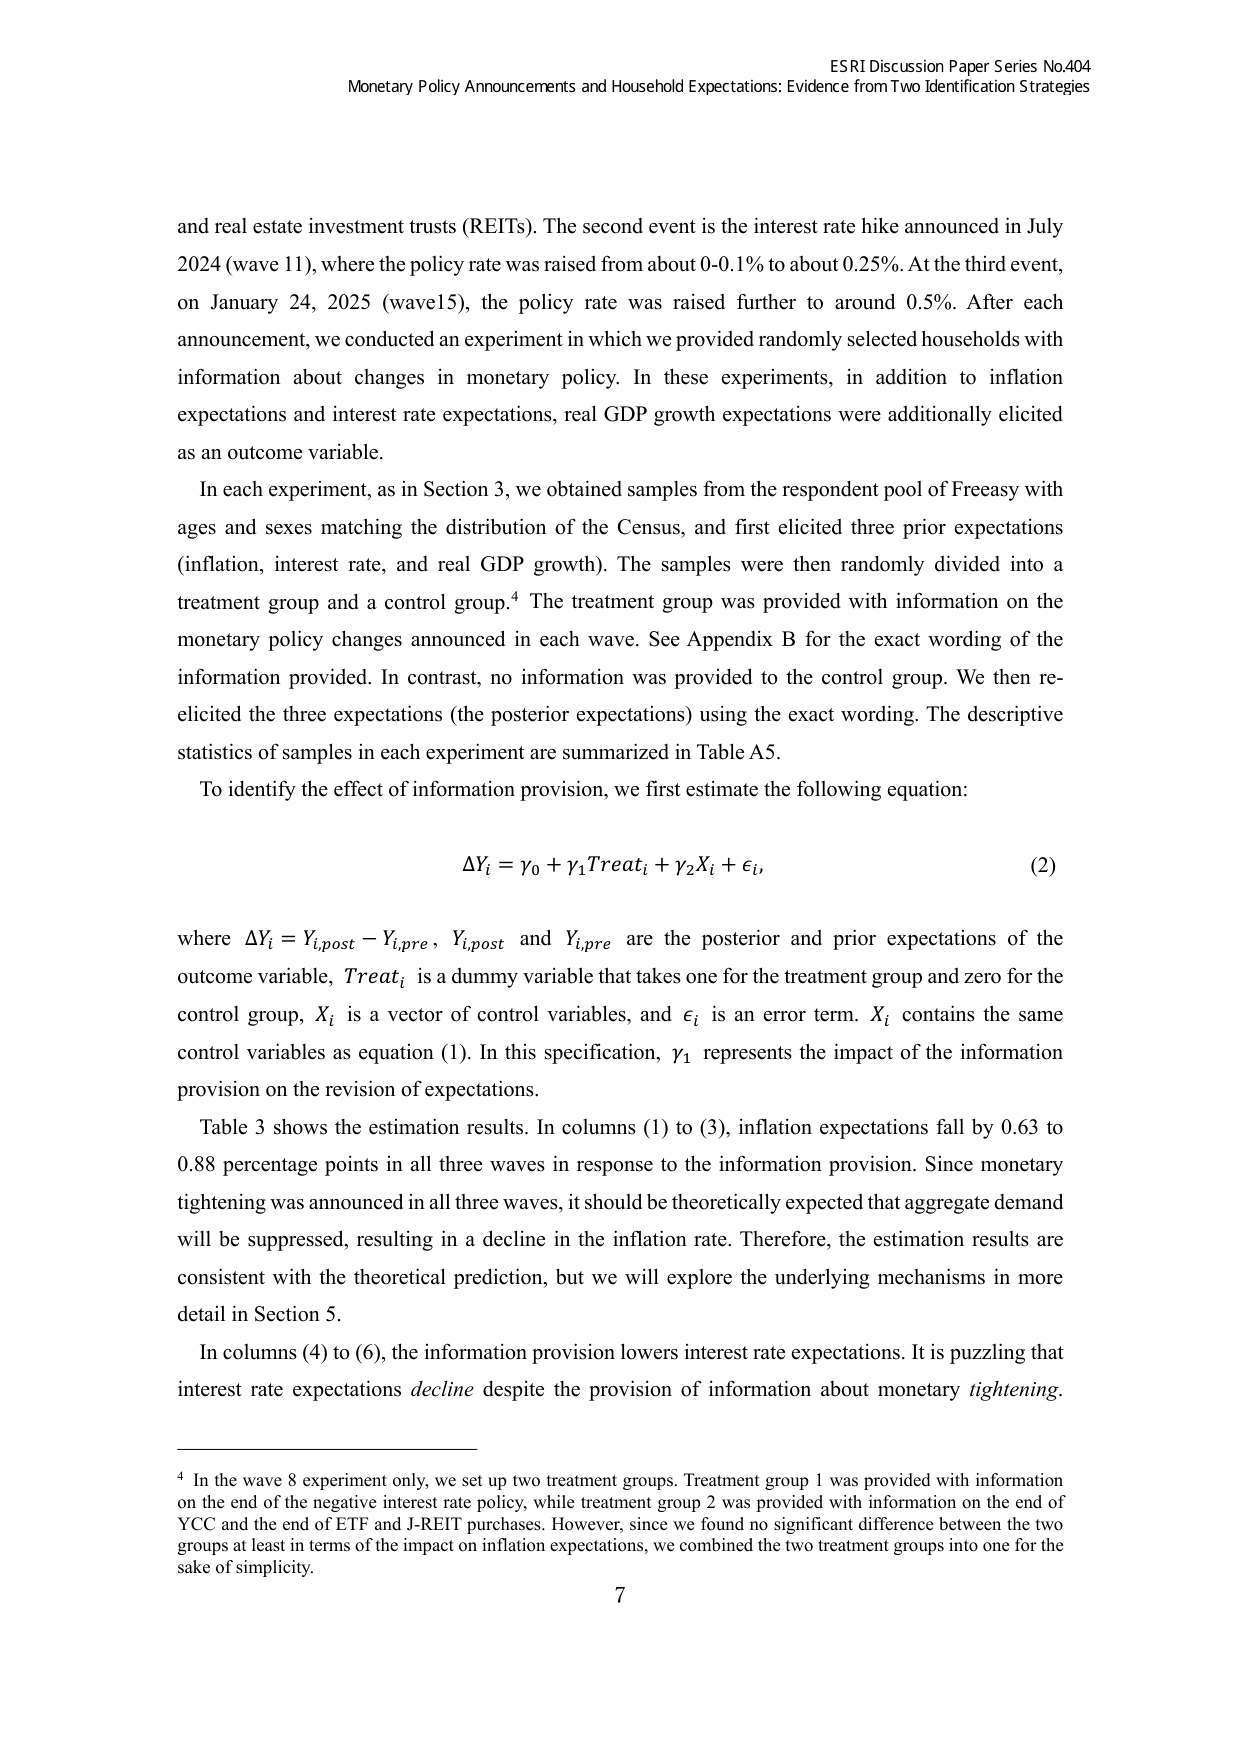
ESRI Discussion Paper Series No.404
Monetary Policy Announcements and Household Expectations: Evidence from Two Identification Strategies

and real estate investment trusts (REITs). The second event is the interest rate hike announced in July 2024 (wave 11), where the policy rate was raised from about 0-0.1% to about 0.25%. At the third event, on January 24, 2025 (wave15), the policy rate was raised further to around 0.5%. After each announcement, we conducted an experiment in which we provided randomly selected households with information about changes in monetary policy. In these experiments, in addition to inflation expectations and interest rate expectations, real GDP growth expectations were additionally elicited as an outcome variable.

In each experiment, as in Section 3, we obtained samples from the respondent pool of Freeasy with ages and sexes matching the distribution of the Census, and first elicited three prior expectations (inflation, interest rate, and real GDP growth). The samples were then randomly divided into a treatment group and a control group.⁴ The treatment group was provided with information on the monetary policy changes announced in each wave. See Appendix B for the exact wording of the information provided. In contrast, no information was provided to the control group. We then re-elicited the three expectations (the posterior expectations) using the exact wording. The descriptive statistics of samples in each experiment are summarized in Table A5.

To identify the effect of information provision, we first estimate the following equation:

ΔYᵢ = γ₀ + γ₁Treatᵢ + γ₂Xᵢ + εᵢ,

where ΔYᵢ = Yᵢ,post − Yᵢ,pre, Yᵢ,post and Yᵢ,pre are the posterior and prior expectations of the outcome variable, Treatᵢ is a dummy variable that takes one for the treatment group and zero for the control group, Xᵢ is a vector of control variables, and εᵢ is an error term. Xᵢ contains the same control variables as equation (1). In this specification, γ₁ represents the impact of the information provision on the revision of expectations.

Table 3 shows the estimation results. In columns (1) to (3), inflation expectations fall by 0.63 to 0.88 percentage points in all three waves in response to the information provision. Since monetary tightening was announced in all three waves, it should be theoretically expected that aggregate demand will be suppressed, resulting in a decline in the inflation rate. Therefore, the estimation results are consistent with the theoretical prediction, but we will explore the underlying mechanisms in more detail in Section 5.

In columns (4) to (6), the information provision lowers interest rate expectations. It is puzzling that interest rate expectations decline despite the provision of information about monetary tightening.

⁴ In the wave 8 experiment only, we set up two treatment groups. Treatment group 1 was provided with information on the end of the negative interest rate policy, while treatment group 2 was provided with information on the end of YCC and the end of ETF and J-REIT purchases. However, since we found no significant difference between the two groups at least in terms of the impact on inflation expectations, we combined the two treatment groups into one for the sake of simplicity.

7